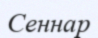
Сеннар